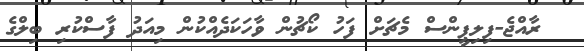
ރާއްޖެ-ފިލިޕީންސް މެޗަށް ފަހު ކޯޗުން ވާހަކަދެއްކުން މިއަދު ފާސްކުރި ބިލްގެ